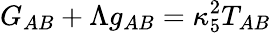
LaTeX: G_{AB}+\Lambda g_{AB}=\kappa_{5}^{2}T_{AB}